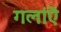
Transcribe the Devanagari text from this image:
गलांऎ